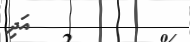
٨٥         އަދި